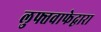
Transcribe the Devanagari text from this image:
लुफ्तवाफेद्वारा